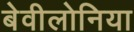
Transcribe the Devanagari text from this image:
बेवीलोनिया